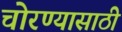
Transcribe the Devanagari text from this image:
चोरण्यासाठी